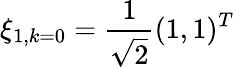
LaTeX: \xi_{1,k=0}=\frac{1}{\sqrt{2}}(1,1)^{T}